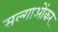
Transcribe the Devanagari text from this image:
सल्गाओंकर